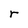
Character: r